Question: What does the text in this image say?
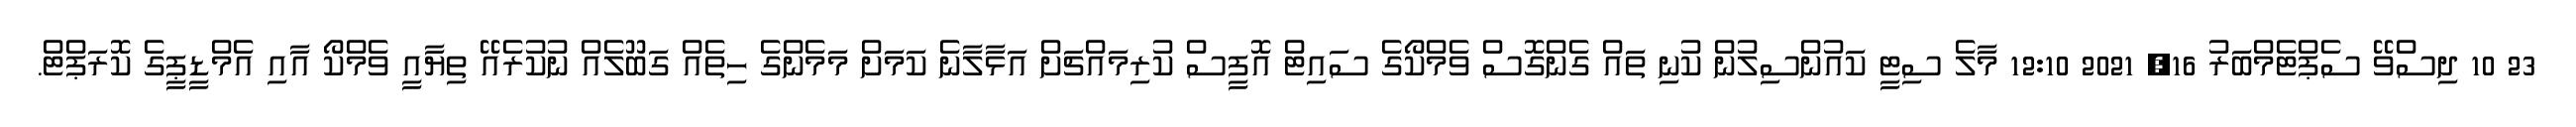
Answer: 23 10 ދިސްވޭ ސެޕްޓެމްބަރު 16, 2021 12:10 މާލެ ސިޓީ ކައުންސިލުން ކުނި ތައް ގެންގޮސް ވެމްކޯގެ ސައިޓް އޮފީސް ކުރިމައްޗަށް އަޅާލާނެ ކަމަށް މަމެންގެ ހިތެއް ގަބޫލެއް ނުކުރެއޭ ތިޔާއީ ވެމްކޯ އާއި އެމްޑީޕީގެ ކޮރަޕްޓް.